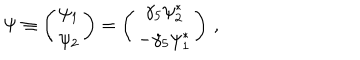
\Psi \equiv \left( \begin{array} { c } { { \psi _ { 1 } } } \\ { { \psi _ { 2 } } } \\ \end{array} \right) = \left( \begin{array} { c } { { \gamma _ { 5 } \psi _ { 2 } ^ { * } } } \\ { { - \gamma _ { 5 } \psi _ { 1 } ^ { * } } } \\ \end{array} \right) \, ,